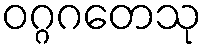
ဝဂ္ဂဂတေသု